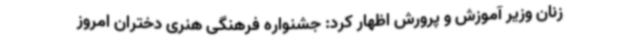
زنان وزیر آموزش و پرورش اظهار کرد: جشنواره فرهنگی هنری دختران امروز